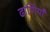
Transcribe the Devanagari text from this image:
ढाणियाँ